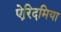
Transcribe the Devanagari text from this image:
ऐरिदमिया